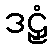
ဒဠှံ